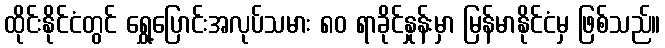
ထိုင်းနိုင်ငံတွင် ရွှေ့ပြောင်းအလုပ်သမား ၈၀ ရာခိုင်နှုန်းမှာ မြန်မာနိုင်ငံမှ ဖြစ်သည်။